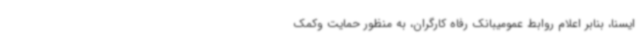
ایسنا، بنابر اعلام روابط عمومیبانک رفاه کارگران، به منظور حمایت وکمک